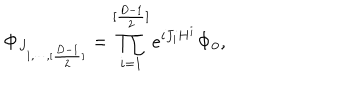
{ \bf \Phi } _ { J _ { 1 , \cdots , [ { \frac { D - 1 } { 2 } } ] } } = \prod _ { i = 1 } ^ { [ { \frac { D - 1 } { 2 } } ] } e ^ { { i J _ { i } H ^ { i } } } { \bf \Phi } _ { 0 } ,